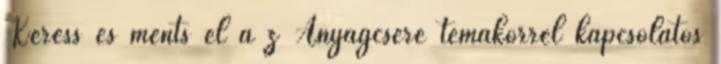
Keress és ments el a z Anyagcsere témakörrel kapcsolatos